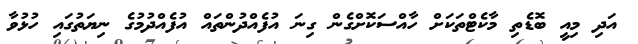
އަދި މިއީ ބޮޑެތި މާކެޓްތަކަށް ހާއްސަކޮށްގެން ގިނަ އުފެއްދުންތައް އުފެއްދުމުގެ ނިޔަތުގައި ހުޅުވާ